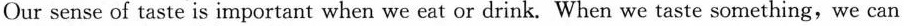
Our sense of taste is important when we eat or drink. When we taste something,we can